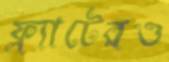
ফ্ল্যাটেরও